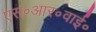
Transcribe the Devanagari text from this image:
एस॰आर॰वाई॰